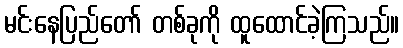
မင်းနေပြည်တော် တစ်ခုကို ထူထောင်ခဲ့ကြသည်။